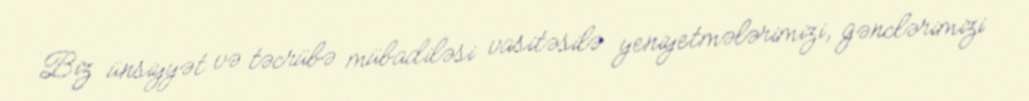
Biz ünsiyyət və təcrübə mübadiləsi vasitəsilə yeniyetmələrimizi, gənclərimizi